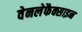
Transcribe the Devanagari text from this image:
वेनलेफैक्साइन